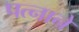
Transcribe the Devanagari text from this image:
पत्‍नाने